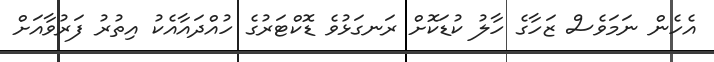
އެހެން ނަމަވެސް ޒަހާގެ ހާލު ކުޑަކޮށް ރަނގަޅުވެ ޑޮކްޓަރުގެ ހުއްދައާއެކު އިތުރު ފަރުވާއަށް